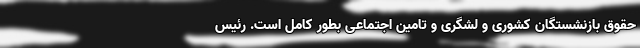
حقوق بازنشستگان کشوری و لشگری و تامین اجتماعی بطور کامل است. رئیس